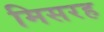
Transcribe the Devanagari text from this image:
मिसरह